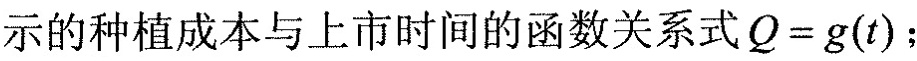
示的种植成本与上市时间的函数关系式Q=g(t)；